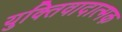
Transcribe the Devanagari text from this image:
युक्तिवादात्मक